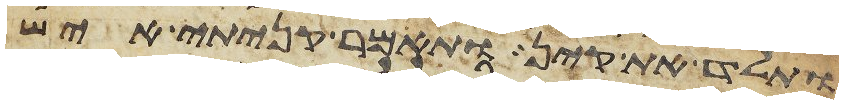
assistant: ותלד את קין ותאמר קניתי איש